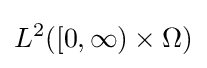
L^{2}([0,\infty )\times \Omega )